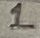
Text: 1